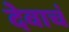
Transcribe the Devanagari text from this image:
देवाचं